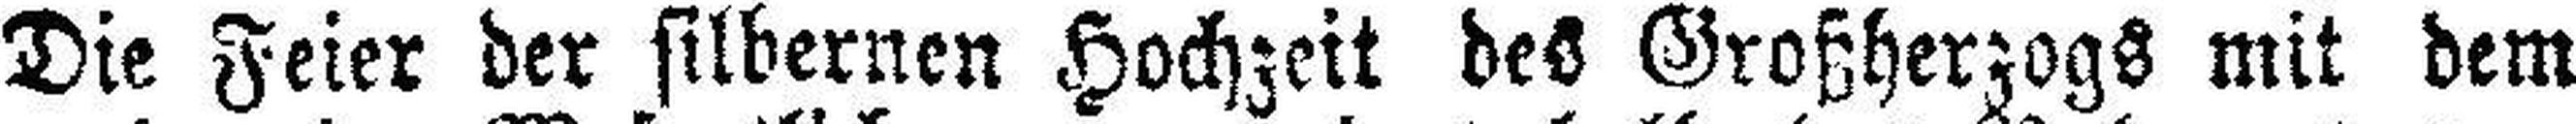
Die Feier der silbernen Hochzeit des Großherzogs mit dem